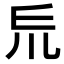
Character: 𠃤